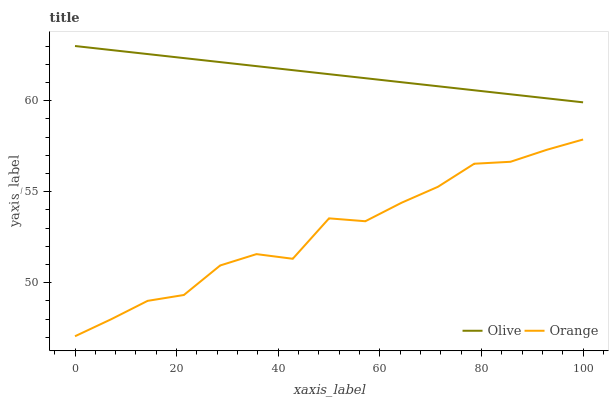
| xaxis_label | Olive | Orange |
 | --- | --- | --- |
 | 0 | 63 | 47.1 |
 | 7.14 | 62.8 | 48 |
 | 14.3 | 62.6 | 49 |
 | 21.4 | 62.3 | 49.3 |
 | 28.6 | 62.1 | 50.9 |
 | 35.7 | 61.9 | 51.6 |
 | 42.9 | 61.7 | 51.3 |
 | 50 | 61.5 | 53.5 |
 | 57.1 | 61.2 | 53.4 |
 | 64.3 | 61 | 54.4 |
 | 71.4 | 60.8 | 55.3 |
 | 78.6 | 60.6 | 56.5 |
 | 85.7 | 60.3 | 56.6 |
 | 92.9 | 60.1 | 57.3 |
 | 100 | 59.9 | 57.9 |